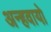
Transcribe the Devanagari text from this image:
अन्‍हवायो